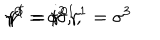
LaTeX: \gamma ^ { 0 } = \sigma ^ { 2 } , \hspace { 1 c m } \gamma ^ { 1 } = i \sigma ^ { 1 } , \hspace { 1 c m } \gamma ^ { 5 } = \gamma ^ { 0 } \gamma ^ { 1 } = \sigma ^ { 3 }